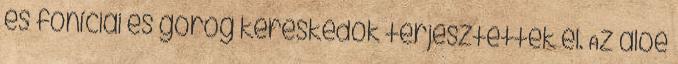
és föníciai és görög kereskedők terjesztették el. Az aloé